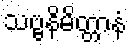
သဗ္ဗနိမိတ္တာနံ